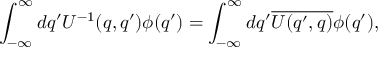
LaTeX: \int _ { - \infty } ^ { \infty } d q ^ { \prime } U ^ { - 1 } ( q , q ^ { \prime } ) \phi ( q ^ { \prime } ) = \int _ { - \infty } ^ { \infty } d q ^ { \prime } \overline { { { U ( q ^ { \prime } , q ) } } } \phi ( q ^ { \prime } ) ,